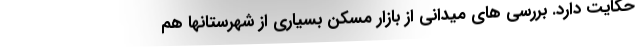
حکایت دارد. بررسی های میدانی از بازار مسکن بسیاری از شهرستانها هم